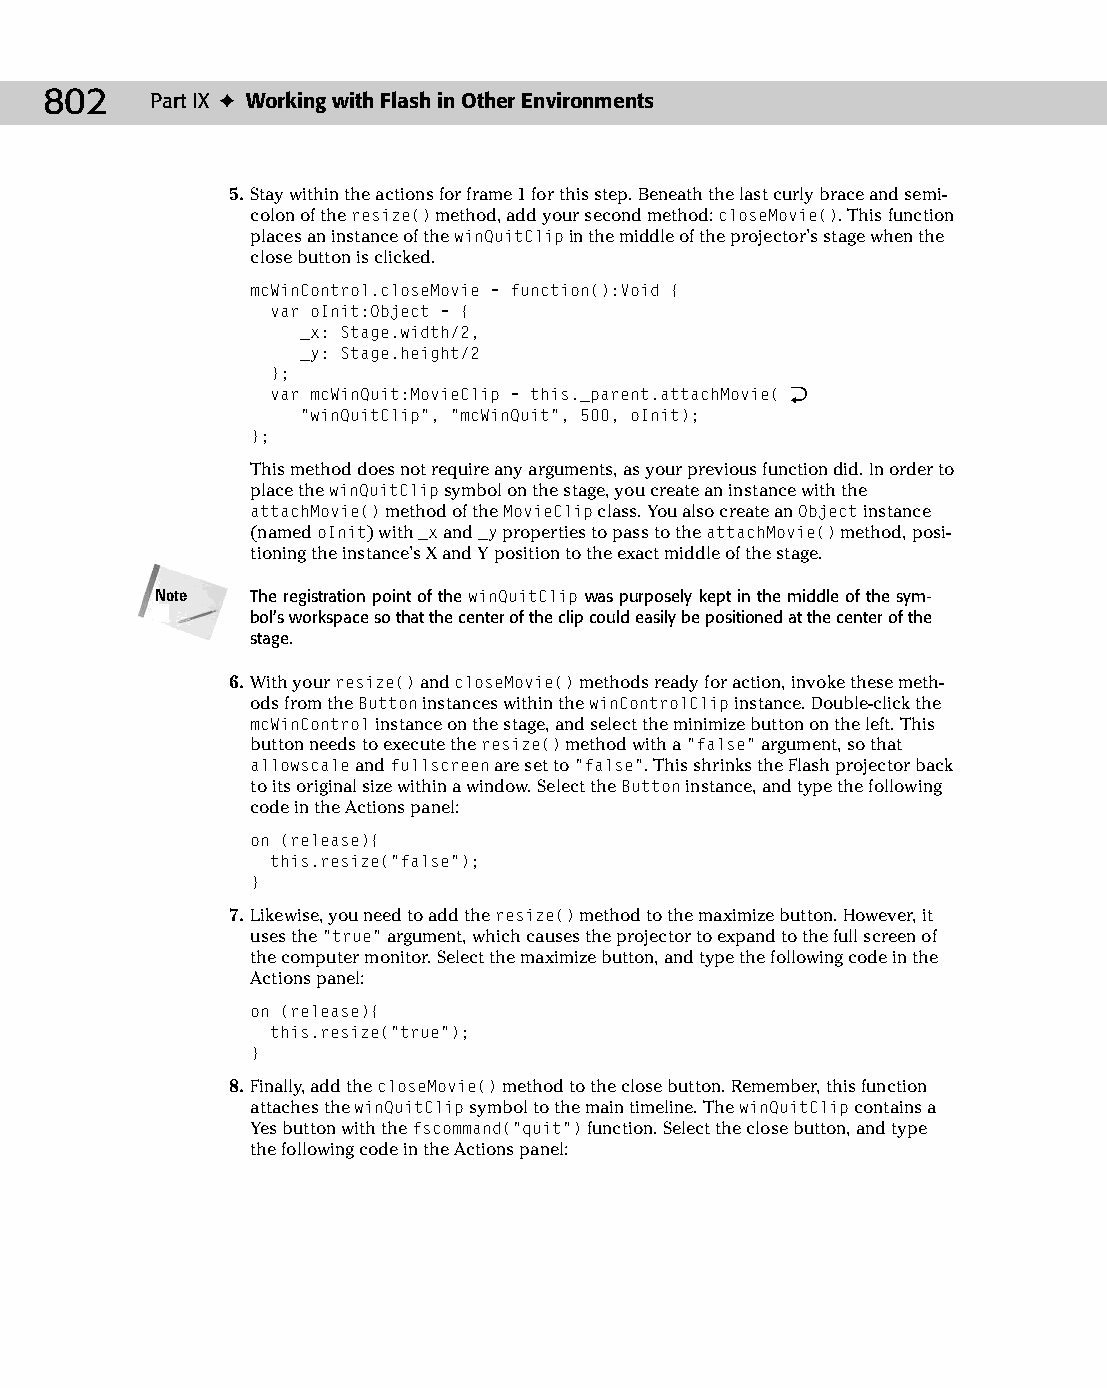
43 543547 ch33.qxd 3/24/04 4:16 PM Page 802
 802    Part IX ✦ Working with Flash in Other Environments
 5. Stay within the actions for frame 1 for this step. Beneath the last curly brace and semi­
 colon of the resize() method, add your second method: closeMovie(). This function
 places an instance of the winQuitClip in the middle of the projector’s stage when the
 close button is clicked.
 mcWinControl.closeMovie = function():Void {
 var oInit:Object = {
 _x: Stage.width/2,
 _y: Stage.height/2
 };
 var mcWinQuit:MovieClip = this._parent.attachMovie( Æ
 “winQuitClip”, “mcWinQuit”, 500, oInit);
 };
 This method does not require any arguments, as your previous function did. In order to
 place the winQuitClip symbol on the stage, you create an instance with the
 attachMovie() method of the MovieClip class. You also create an Object instance
 (named oInit) with _x and _y properties to pass to the attachMovie() method, posi­
 tioning the instance’s X and Y position to the exact middle of the stage.
 Note   The registration point of the winQuitClip was purposely kept in the middle of the sym-
 bol’s workspace so that the center of the clip could easily be positioned at the center of the
 stage.
 6. With your resize() and closeMovie() methods ready for action, invoke these meth­
 ods from the Button instances within the winControlClip instance. Double-click the
 mcWinControl instance on the stage, and select the minimize button on the left. This
 button needs to execute the resize() method with a “false” argument, so that
 allowscale and fullscreen are set to “false”. This shrinks the Flash projector back
 to its original size within a window. Select the Button instance, and type the following
 code in the Actions panel:
 on (release){
 this.resize(“false”);
 }
 7. Likewise, you need to add the resize() method to the maximize button. However, it
 uses the “true” argument, which causes the projector to expand to the full screen of
 the computer monitor. Select the maximize button, and type the following code in the
 Actions panel:
 on (release){
 this.resize(“true”);
 }
 8. Finally, add the closeMovie() method to the close button. Remember, this function
 attaches the winQuitClip symbol to the main timeline. The winQuitClip contains a
 Yes button with the fscommand(“quit”) function. Select the close button, and type
 the following code in the Actions panel: